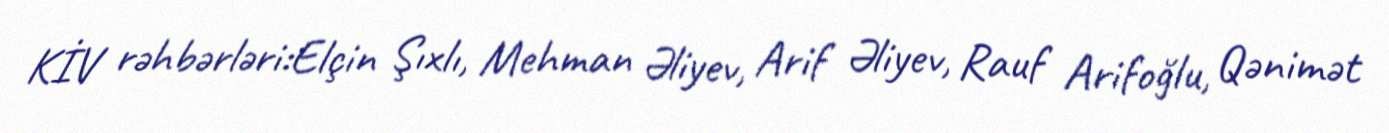
KİV rəhbərləri:Elçin Şıxlı, Mehman Əliyev, Arif Əliyev, Rauf Arifoğlu, Qənimət